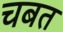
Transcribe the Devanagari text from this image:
चबत